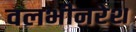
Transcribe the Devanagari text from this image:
वलभीनरेश